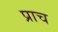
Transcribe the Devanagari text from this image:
प्राच